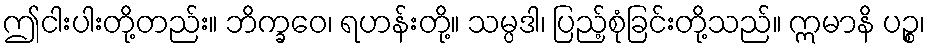
ဤငါးပါးတို့တည်း။ ဘိက္ခဝေ၊ ရဟန်းတို့။ သမ္ပဒါ၊ ပြည့်စုံခြင်းတို့သည်။ ဣမာနိ ပဉ္စ၊